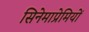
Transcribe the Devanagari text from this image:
सिनेमाप्रेमियों